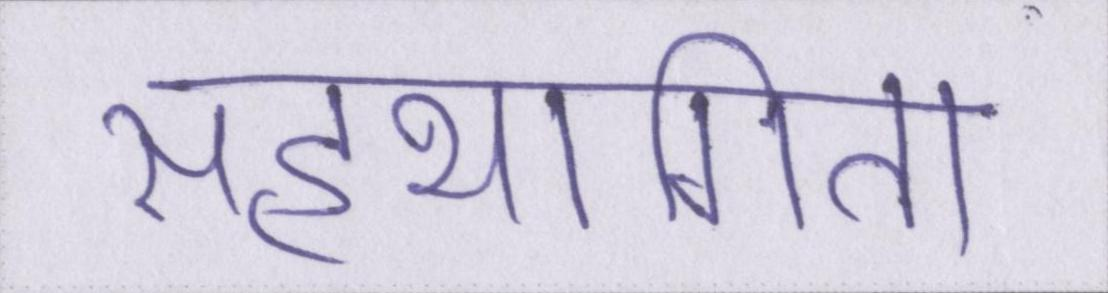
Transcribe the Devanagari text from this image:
सहभागिता